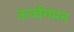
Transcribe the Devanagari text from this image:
ऊर्ध्वगमन